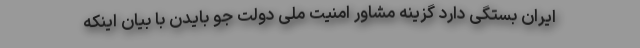
ایران بستگی دارد گزینه مشاور امنیت ملی دولت جو بایدن با بیان اینکه